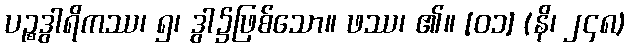
ပဉ္စဒွါရိကဿ၊ ၅၊ ဒွါ၌ဖြစ်သော။ ဖဿ၊ ၏။ [၀၁] (နိ၊ ၂၄၈)